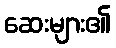
ဆေးများ၏